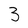
Character: 3